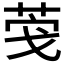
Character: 𮏎